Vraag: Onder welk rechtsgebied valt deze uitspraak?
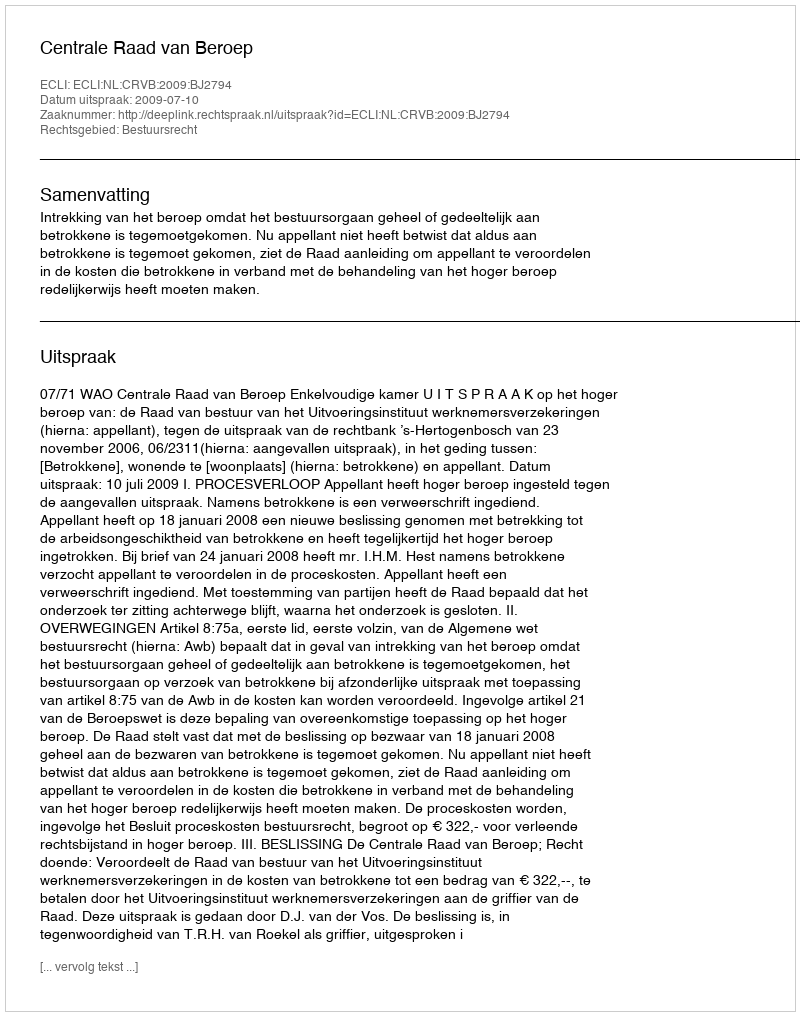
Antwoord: Bestuursrecht